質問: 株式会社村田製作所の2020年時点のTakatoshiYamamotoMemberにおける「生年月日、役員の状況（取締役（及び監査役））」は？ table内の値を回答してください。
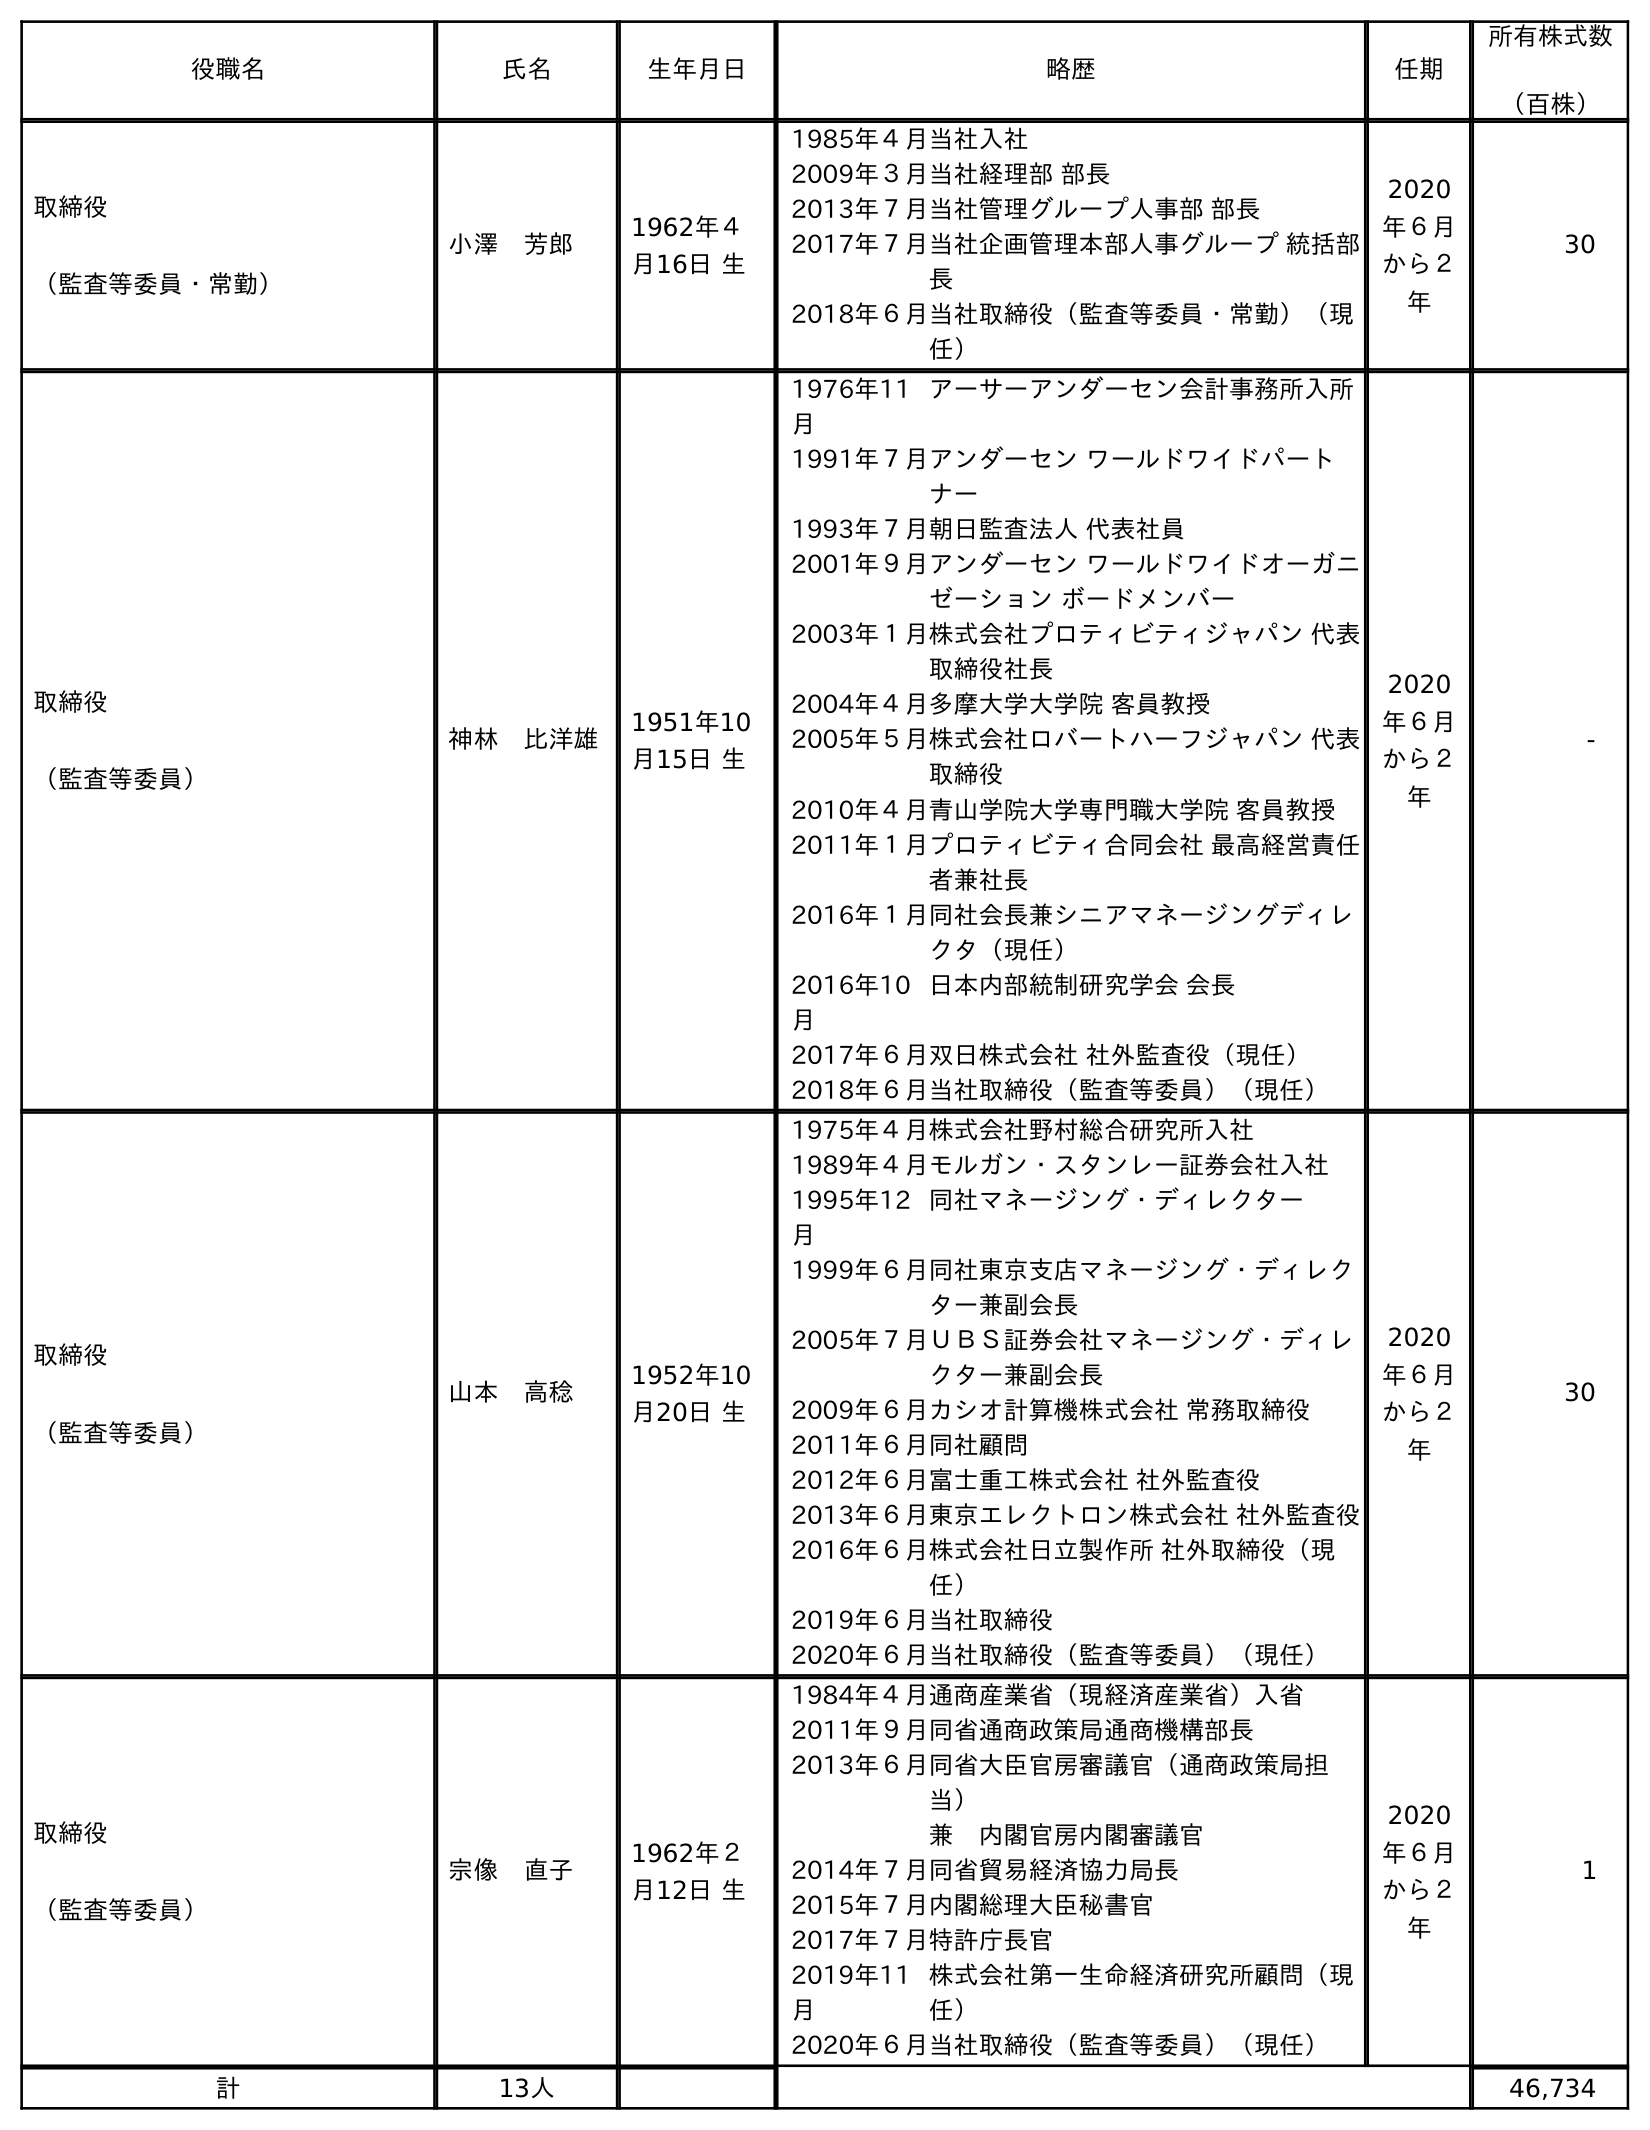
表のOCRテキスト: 役職名 氏名 生年月日 略歴 任期 所有株式数 （百株） 取締役 （監査等委員・常勤） 小澤 芳郎 1962年４ 月16日 生 1985年４月当社入社 2009年３月当社経理部 部長 2013年７月当社管理グループ人事部 部長 2017年７月当社企画管理本部人事グループ 統括部 長 2018年６月当社取締役（監査等委員・常勤）（現 任） 2020 年６月 から２ 年 30 取締役 （監査等委員） 神林 比洋雄 1951年10 月15日 生 1976年11 月 アーサーアンダーセン会計事務所入所 1991年７月アンダーセン ワールドワイドパート ナー 1993年７月朝日監査法人 代表社員 2001年９月アンダーセン ワールドワイドオーガニ ゼーション ボードメンバー 2003年１月株式会社プロティビティジャパン 代表 取締役社長 2004年４月多摩大学大学院 客員教授 2005年５月株式会社ロバートハーフジャパン 代表 取締役 2010年４月青山学院大学専門職大学院 客員教授 2011年１月プロティビティ合同会社 最高経営責任 者兼社長 2016年１月同社会長兼シニアマネージングディレ クタ（現任） 2016年10 月 日本内部統制研究学会 会長 2017年６月双日株式会社 社外監査役（現任） 2018年６月当社取締役（監査等委員）（現任） 2020 年６月 から２ 年 - 取締役 （監査等委員） 山本 高稔 1952年10 月20日 生 1975年４月株式会社野村総合研究所入社 1989年４月モルガン・スタンレー証券会社入社 1995年12 月 同社マネージング・ディレクター 1999年６月同社東京支店マネージング・ディレク ター兼副会長 2005年７月ＵＢＳ証券会社マネージング・ディレ クター兼副会長 2009年６月カシオ計算機株式会社 常務取締役 2011年６月同社顧問 2012年６月富士重工株式会社 社外監査役 2013年６月東京エレクトロン株式会社 社外監査役 2016年６月株式会社日立製作所 社外取締役（現 任） 2019年６月当社取締役 2020年６月当社取締役（監査等委員）（現任） 2020 年６月 から２ 年 30 取締役 （監査等委員） 宗像 直子 1962年２ 月12日 生 1984年４月通商産業省（現経済産業省）入省 2011年９月同省通商政策局通商機構部長 2013年６月同省大臣官房審議官（通商政策局担 当） 兼 内閣官房内閣審議官 2014年７月同省貿易経済協力局長 2015年７月内閣総理大臣秘書官 2017年７月特許庁長官 2019年11 月 株式会社第一生命経済研究所顧問（現 任） 2020年６月当社取締役（監査等委員）（現任） 2020 年６月 から２ 年 1 計 13人 46,734
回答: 1952年10月20日生